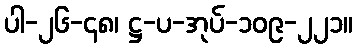
ပါ-၂၆-၄၈၊ ဋ္ဌ-ပ-အုပ်-၁၀၉-၂၂၁။